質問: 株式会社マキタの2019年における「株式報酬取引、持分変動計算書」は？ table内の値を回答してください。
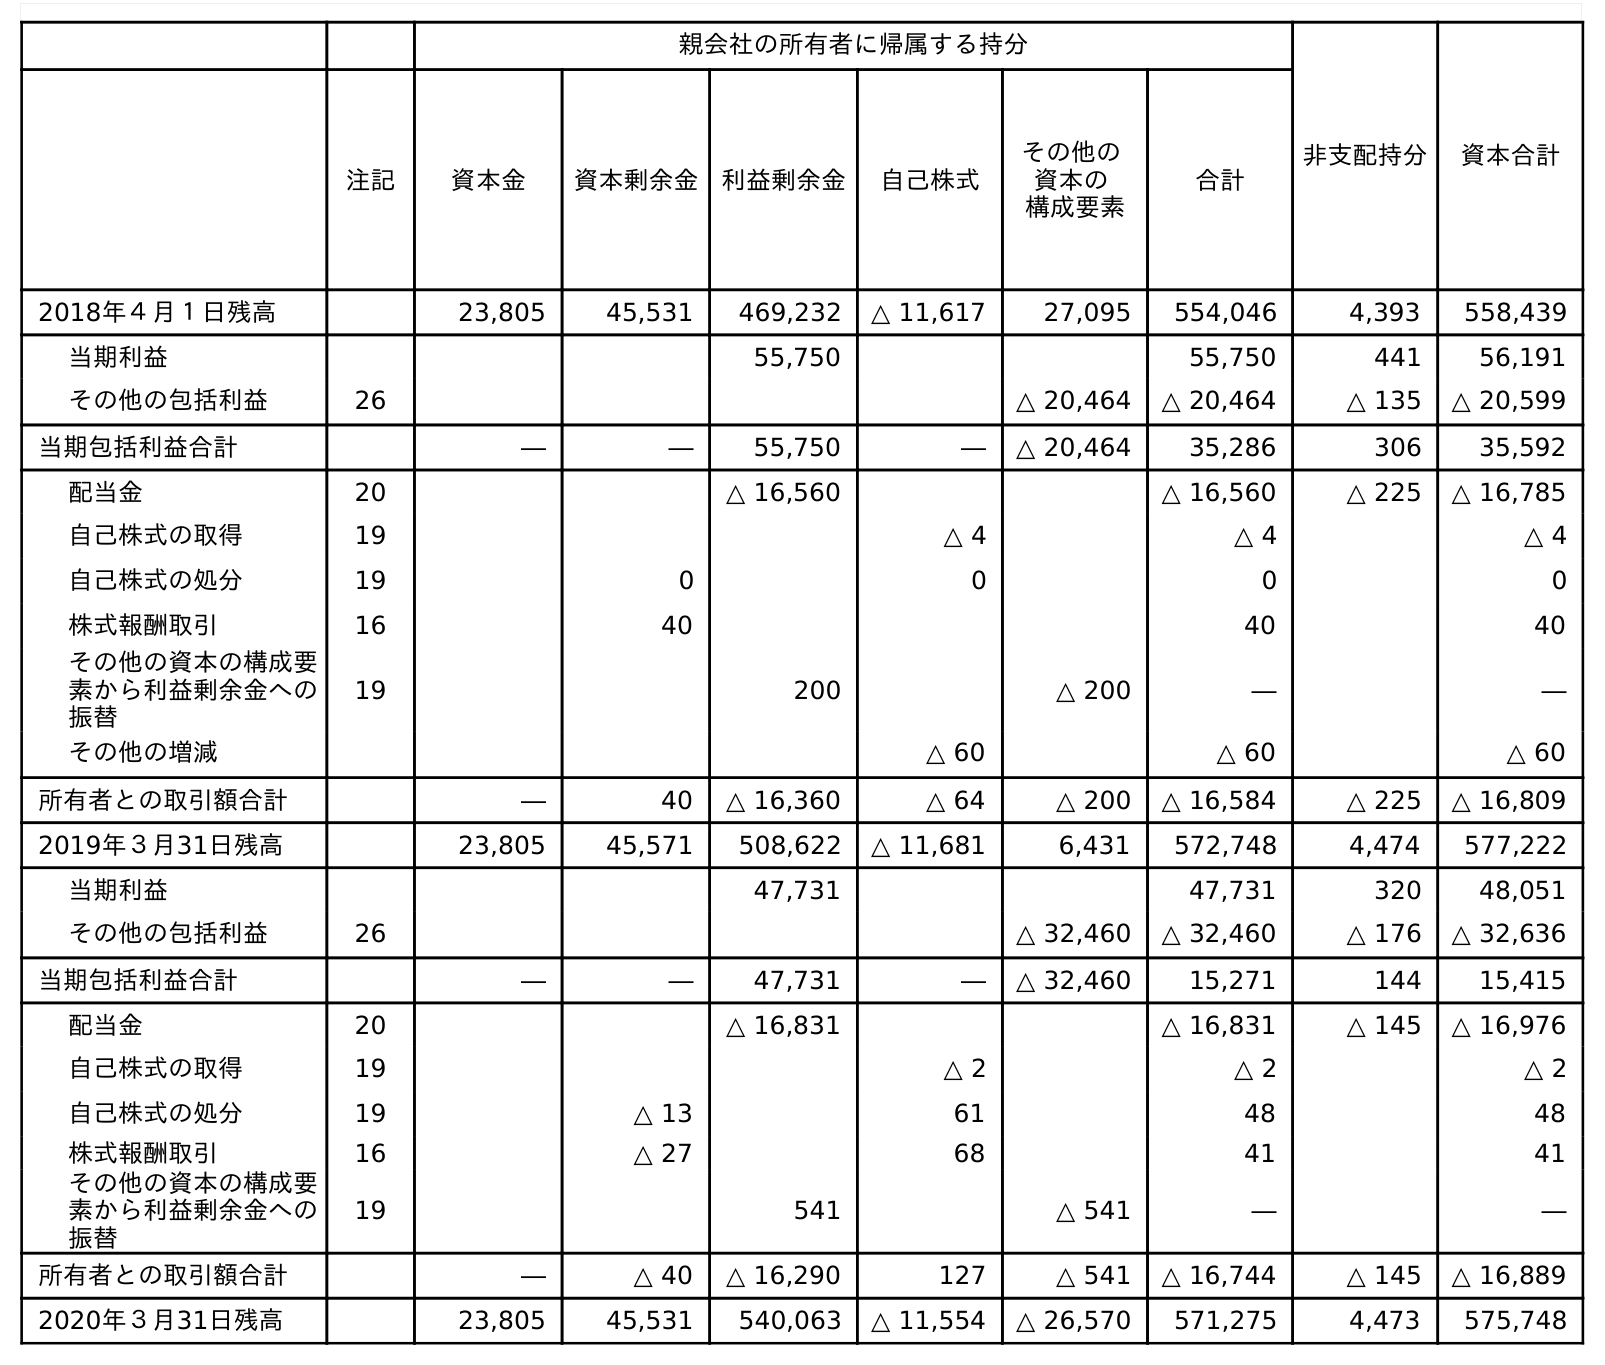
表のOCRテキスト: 親会社の所有者に帰属する持分 非支配持分 資本合計 注記 資本金 資本剰余金 利益剰余金 自己株式 その他の 資本の 構成要素 合計 2018年４月１日残高 23,805 45,531 469,232 △ 11,617 27,095 554,046 4,393 558,439 当期利益 55,750 55,750 441 56,191 その他の包括利益 26 △ 20,464 △ 20,464 △ 135 △ 20,599 当期包括利益合計 ― ― 55,750 ― △ 20,464 35,286 306 35,592 配当金 20 △ 16,560 △ 16,560 △ 225 △ 16,785 自己株式の取得 19 △ 4 △ 4 △ 4 自己株式の処分 19 0 0 0 0 株式報酬取引 16 40 40 40 その他の資本の構成要 素から利益剰余金への 振替 19 200 △ 200 ― ― その他の増減 △ 60 △ 60 △ 60 所有者との取引額合計 ― 40 △ 16,360 △ 64 △ 200 △ 16,584 △ 225 △ 16,809 2019年３月31日残高 23,805 45,571 508,622 △ 11,681 6,431 572,748 4,474 577,222 当期利益 47,731 47,731 320 48,051 その他の包括利益 26 △ 32,460 △ 32,460 △ 176 △ 32,636 当期包括利益合計 ― ― 47,731 ― △ 32,460 15,271 144 15,415 配当金 20 △ 16,831 △ 16,831 △ 145 △ 16,976 自己株式の取得 19 △ 2 △ 2 △ 2 自己株式の処分 19 △ 13 61 48 48 株式報酬取引 16 △ 27 68 41 41 その他の資本の構成要 素から利益剰余金への 振替 19 541 △ 541 ― ― 所有者との取引額合計 ― △ 40 △ 16,290 127 △ 541 △ 16,744 △ 145 △ 16,889 2020年３月31日残高 23,805 45,531 540,063 △ 11,554 △ 26,570 571,275 4,473 575,748
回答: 40